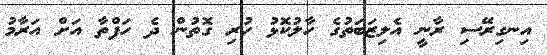
އިނގިރޭސި ރާނީ އެލިޒަބަތުގެ ހާލުކޮޅު ހުރި ގޮތުން ދެ ހަފްތާ އަށް އަރާމު